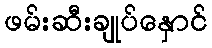
ဖမ်းဆီးချုပ်နှောင်